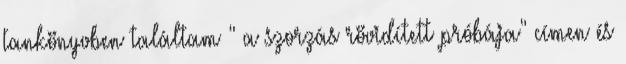
tankönyvben találtam " a szorzás rövidített próbája" címen és